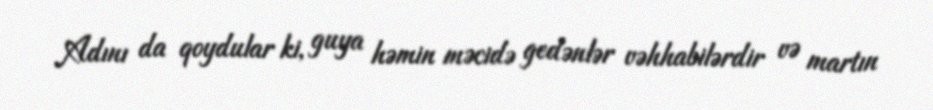
Adını da qoydular ki, guya həmin məcidə gedənlər vəhhabilərdir və martın